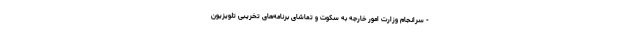
- سرانجام وزارت امور خارجه به سکوت و تماشای برنامه‌های تخریبی تلویزیون